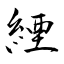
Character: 緸